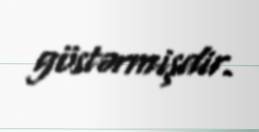
göstərmişdir.